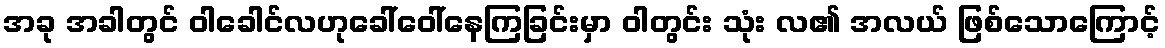
အခု အခါတွင် ဝါခေါင်လဟုခေါ်ဝေါ်နေကြခြင်းမှာ ဝါတွင်း သုံး လ၏ အလယ် ဖြစ်သောကြောင့်